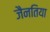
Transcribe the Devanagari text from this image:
जैनतिया